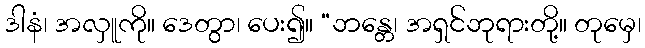
ဒါနံ၊ အလှူကို။ ဒေတွာ၊ ပေး၍။ “ဘန္တေ၊ အရှင်ဘုရားတို့။ တုမှေ၊